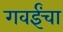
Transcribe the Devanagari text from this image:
गवईंचा